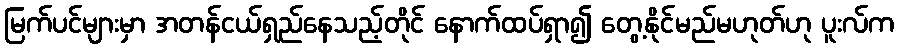
မြက်ပင်များမှာ အတန်ငယ်ရှည်နေသည့်တိုင် နောက်ထပ်ရှာ၍ တွေ့နိုင်မည်မဟုတ်ဟု ပူးလ်က